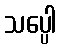
သပ္ပေါ